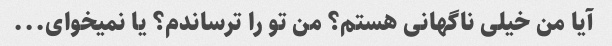
آیا من خیلی ناگهانی هستم؟ من تو را ترساندم؟ یا نمیخوای...